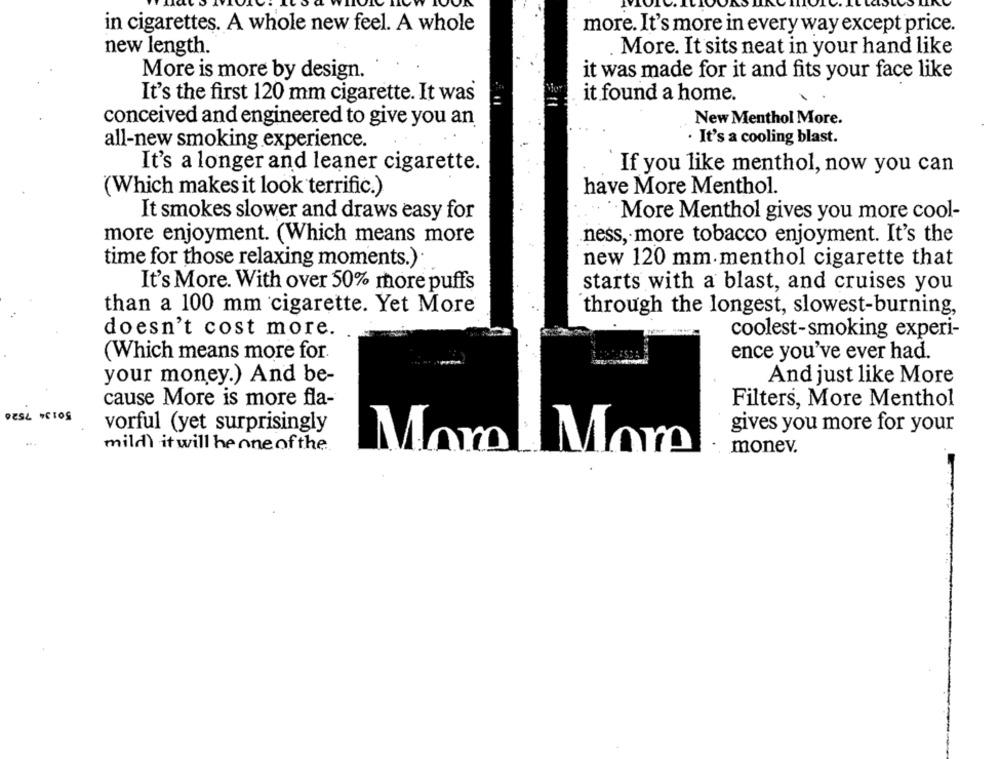
in cigarettes. A whole new feel. A whole
more. It's more in every way except price.
new length.
More. It sits neat in your hand like
More is more by design.
it was made for it and fits your face like
It's the first 120 mm cigarette. It was
it found a home.
New Menthol More.
conceived and engineered to give you an
all-new smoking experience.
· It's a cooling blast.
It's a longer and leaner cigarette.
If you like menthol, now you can
(Which makes it look terrific.)
have More Menthol.
It smokes slower and draws easy for
More Menthol gives you more cool-
more enjoyment. (Which means more
ness, more tobacco enjoyment. It's the
time for those relaxing moments.).
new 120 mm menthol cigarette that
It's More. With over 50% more puffs
starts with a blast, and cruises you
than a 100 mm cigarette. Yet More
through the longest, slowest-burning,
doesn't cost more.
coolest-smoking experi-
(Which means more for.
ence you've ever had.
your money.) And be-
And just like More
cause More is more fla-
Filters, More Menthol
DESL CIOS
vorful (yet surprisingly
gives you more for your
mild it will be one of the
monev.
Mom. Mom